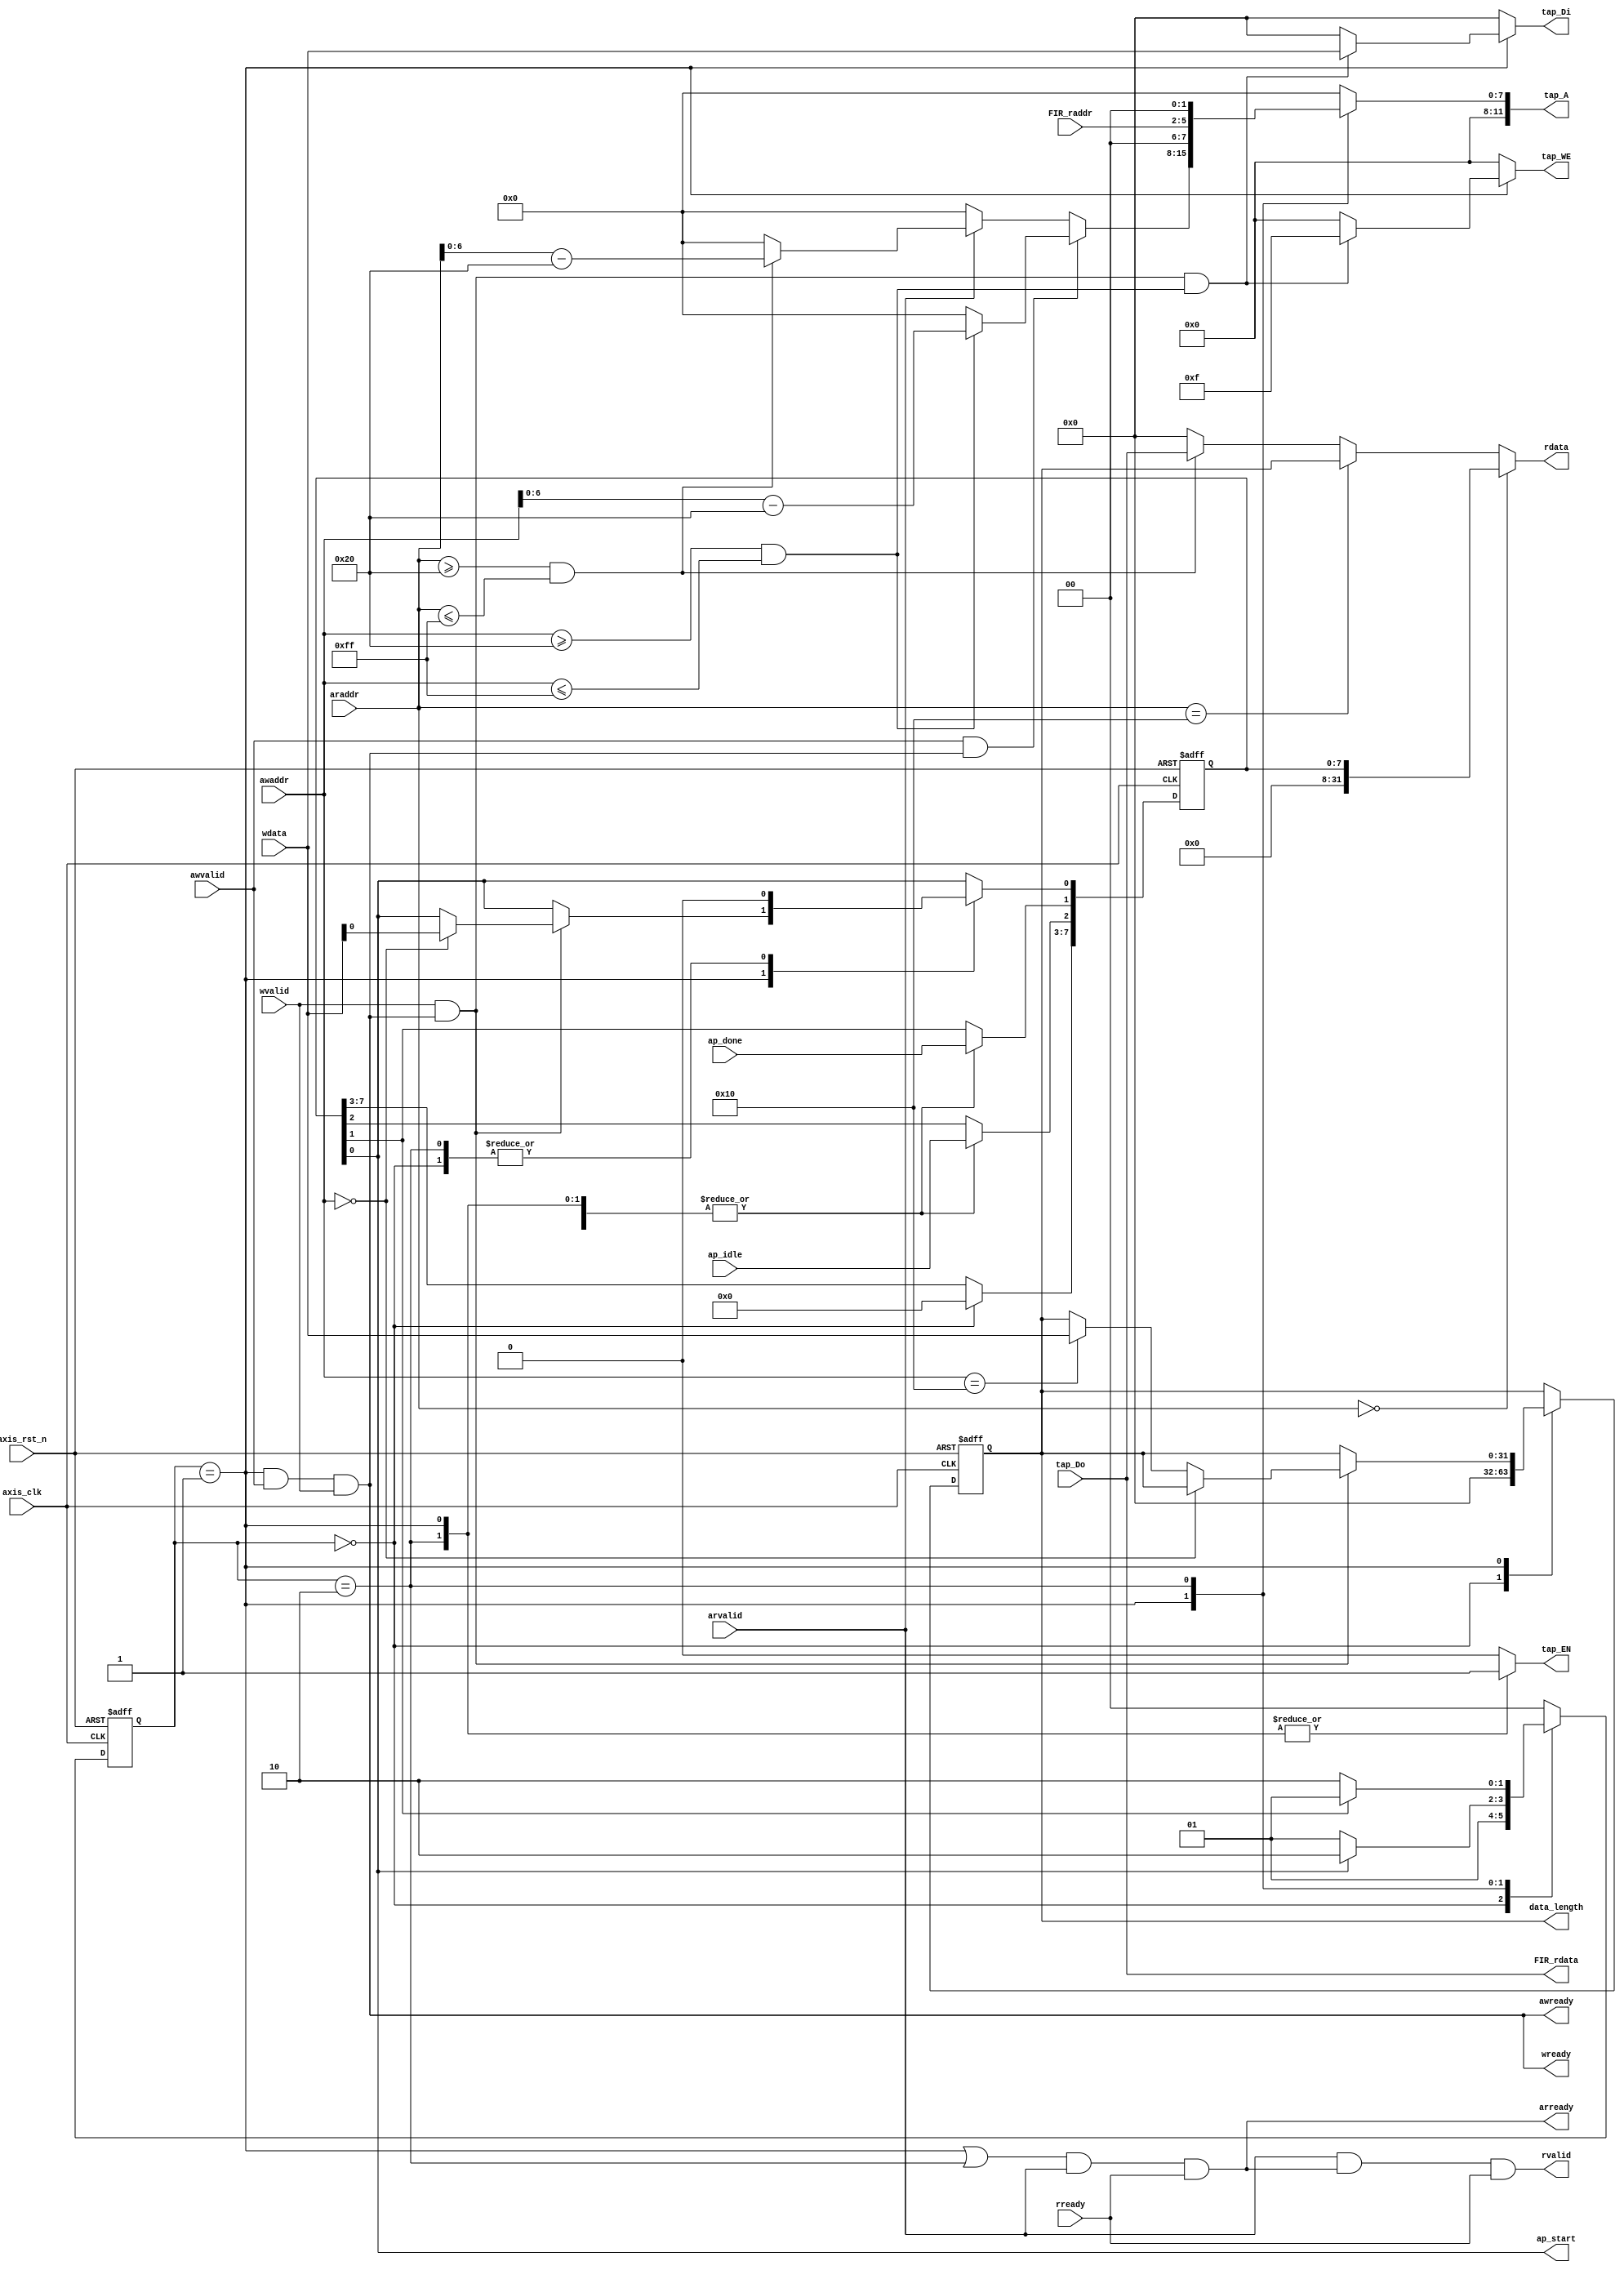
module axilite
#(  parameter pADDR_WIDTH = 12,
    parameter pDATA_WIDTH = 32,
    parameter Tape_Num    = 11,
    parameter RAM_ADDR    = log2(Tape_Num)
)
(
    output  wire                     awready,
    output  wire                     wready,
    input   wire                     awvalid,
    input   wire [(pADDR_WIDTH-1):0] awaddr,
    input   wire                     wvalid,
    input   wire [(pDATA_WIDTH-1):0] wdata,
    output  wire                     arready,
    input   wire                     rready,
    input   wire                     arvalid,
    input   wire [(pADDR_WIDTH-1):0] araddr,
    output  wire                     rvalid,
    output  wire [(pDATA_WIDTH-1):0] rdata,

    output  wire [3:0]               tap_WE,
    output  wire                     tap_EN,
    output  wire [(pDATA_WIDTH-1):0] tap_Di,
    output  wire [(pADDR_WIDTH-1):0] tap_A,
    input   wire [(pDATA_WIDTH-1):0] tap_Do,

    output wire                      ap_start,
    input  wire                      ap_idle,
    input  wire                      ap_done,
    output wire  [(pDATA_WIDTH-1):0] data_length,

    input  wire     [(RAM_ADDR-1):0] FIR_raddr,
    output wire  [(pDATA_WIDTH-1):0] FIR_rdata,

    input   wire                     axis_clk,
    input   wire                     axis_rst_n
);
    wire aw_hs;
    wire w_hs;
    wire ar_hs;
    wire r_hs;

    reg rvalid_reg;
    reg arready_reg;
    reg [(pDATA_WIDTH-1):0] rdata_reg;

    reg [3:0]           tap_WE_reg;
    reg                 tap_EN_reg;
    reg [(pADDR_WIDTH-1):0] tap_A_reg;
    reg [(pDATA_WIDTH-1):0] tap_Di_reg;

    reg [(pDATA_WIDTH-1):0] data_length_reg;
    reg               [7:0] ap_control;

    reg [1:0] state;
    reg [1:0] next_state;
    localparam
    IDLE = 2'b00,
    WAIT = 2'b01,
    CAL  = 2'b10;

    always@(posedge axis_clk or negedge axis_rst_n) begin
        if(~axis_rst_n) begin
            state <= IDLE;
        end
        else begin
            state <= next_state;
        end
    end


    always@* begin
        case(state)
            IDLE: begin
                tap_Di_reg  = 0;
            end
            WAIT: begin
                if (w_hs & (awaddr >= 12'h020 & awaddr <= 12'h0FF)) begin
                    tap_Di_reg = wdata;
                end
                else begin
                    tap_Di_reg  = 0;
                end
            end
            CAL: begin
                tap_Di_reg  = 0;
            end
            default: begin
                tap_Di_reg  = 0;
            end
        endcase
    end


    always@(posedge axis_clk or negedge axis_rst_n) begin
        if (~axis_rst_n) begin
            ap_control <= 8'b0;
            data_length_reg <= 32'b0;
        end
        else begin
            case(state)
                IDLE: begin
                    ap_control <= {5'b0,ap_idle,ap_done,1'b0};
                    data_length_reg <= 32'b0;
                end
                WAIT: begin
                    ap_control[1] <= ap_done;
                    ap_control[2] <= ap_idle;
                    if (w_hs) begin
                        if (awaddr == 12'h000) begin
                            ap_control[0] <= wdata[0];
                        end
                        else if (awaddr == 12'h010) begin
                            data_length_reg <= wdata;
                        end
                        else begin
                            ap_control[0]  <= ap_control[0];
                            data_length_reg <= data_length_reg;
                        end
                    end
                    else begin
                        ap_control[0]  <= ap_control[0];
                        data_length_reg <= data_length_reg;
                    end
                end
                CAL: begin
                    ap_control[0] <= 0;
                    ap_control[1] <= ap_done;
                    ap_control[2] <= ap_idle;
                    data_length_reg <= data_length_reg;
                end
            endcase
        end
    end

    always@* begin
        case(state)
            IDLE: begin
                tap_A_reg = 0;
            end
            WAIT: begin
                if (aw_hs) begin
                    if ((awaddr >= 12'h020 & awaddr <= 12'h0FF)) begin
                        tap_A_reg =  {4'b00,awaddr[0+:7]-8'h020};
                    end
                    else begin
                        tap_A_reg = 0;
                    end
                end
                else if (arvalid) begin
                    if ((araddr >= 12'h020 & araddr <= 12'h0FF)) begin
                        tap_A_reg = {4'b00,araddr[0+:7]-8'h020};
                    end
                    else begin
                        tap_A_reg = 0;
                    end
                end
                else begin
                    tap_A_reg = 0;
                end
            end
            CAL: begin
                tap_A_reg = {6'b0,FIR_raddr[3:0],2'b00};
            end
            default: begin
                tap_A_reg = 0;
            end
        endcase
    end

    always@* begin
        if (araddr == 12'h000) begin
            rdata_reg = ap_control;
        end
        else if (araddr == 12'h010) begin
            rdata_reg = data_length;
        end
        else if (araddr >= 12'h020 & araddr <= 12'h0FF) begin
            rdata_reg = tap_Do;
        end
        else begin
            rdata_reg = 0;
        end
    end

    always@* begin
        case (state)
            IDLE: begin
                tap_WE_reg = 4'b0000;
                tap_EN_reg = 0;
            end
            WAIT: begin
                if (w_hs & (awaddr >= 12'h020 & awaddr <= 12'h0FF)) begin
                    tap_WE_reg = 4'b1111;
                end
                else begin
                    tap_WE_reg = 4'b0000;
                end
                tap_EN_reg = 1;
            end
            CAL: begin
                tap_WE_reg = 4'b0000;
                tap_EN_reg = 1;
            end
            default: begin
                tap_WE_reg = 4'b0000;
                tap_EN_reg = 0;
            end
        endcase
    end

    always@* begin
        case (state)
            IDLE: begin
                next_state = WAIT;
            end
            WAIT: begin
                if (ap_control[0]) begin
                    next_state = CAL;
                end
                else begin
                    next_state = WAIT;
                end
            end
            CAL: begin
                if (ap_control[1]) begin
                    next_state = WAIT;
                end
                else begin
                    next_state = CAL;
                end
            end
            default: begin
                next_state = IDLE;
            end
        endcase
    end

    always@* begin
        rvalid_reg <= (ar_hs & rready);
    end


//    always@(posedge axis_clk or negedge axis_rst_n) begin
//        if (~axis_rst_n)
//            rvalid_reg <= 0;
//        else
//            rvalid_reg <= (ar_hs & rready);
//    end

    assign awready = ((state == WAIT) & awvalid & wvalid);
    assign wready  = ((state == WAIT) & awvalid & wvalid);
    assign aw_hs = awvalid & awready;
    assign w_hs  = wvalid  & wready;

    assign arready = ((state == WAIT | state == CAL) & arvalid & rready);
    assign rvalid  = rvalid_reg;
    assign ar_hs = arvalid & arready;
    assign r_hs  = rvalid  & rready;
    assign rdata  = rdata_reg;

    assign data_length = data_length_reg;

    assign tap_EN = tap_EN_reg;
    assign tap_WE = tap_WE_reg;
    assign tap_Di = tap_Di_reg;
    assign tap_A  = tap_A_reg;

    assign ap_start = ap_control[0];
    assign FIR_rdata = tap_Do;

    function integer log2;
        input integer x;
        integer n, m;
        begin
            n = 1;
            m = 2;
            while (m < x) begin
                n = n + 1;
                m = m * 2;
            end
            log2 = n;
        end
    endfunction
endmodule